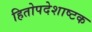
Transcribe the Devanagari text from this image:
हितोपदेशाष्टक